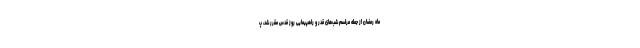
ماه رمضان از جمله مراسم شب‌های قدر و راهپیمایی روز قدس مقرر شد، پ